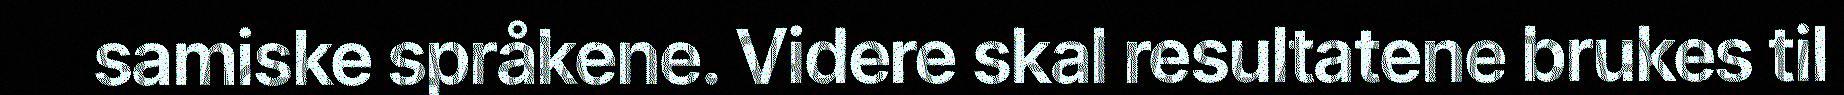
samiske språkene. Videre skal resultatene brukes til